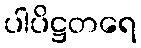
ပါပိဋ္ဌတရေ